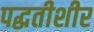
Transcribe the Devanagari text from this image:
पद्धतीशीर